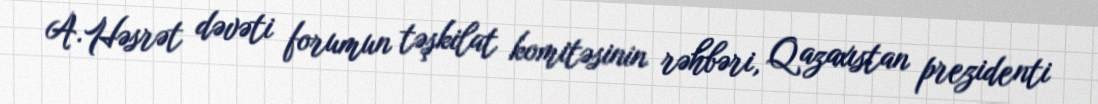
A.Həsrət dəvəti forumun təşkilat komitəsinin rəhbəri, Qazaxıstan prezidenti